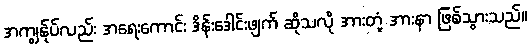
အကျွန်ုပ်လည်း အရေးကောင်း ဒိန်းဒေါင်းဖျက် ဆိုသလို အားတုံ့ အားနာ ဖြစ်သွားသည်။